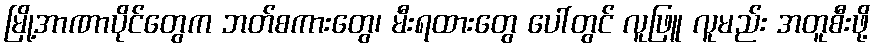
မြို့အာဏာပိုင်တွေက ဘတ်စကားတွေ၊ မီးရထားတွေ ပေါ်တွင် လူဖြူ လူမည်း အတူစီးဖို့